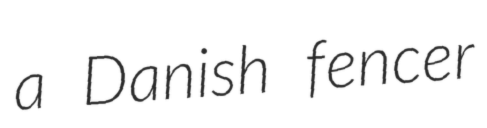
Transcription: a Danish fencer